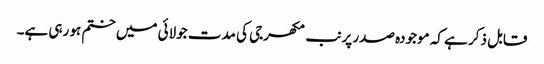
قابل ذکر ہے کہ موجودہ صدر پرنب مکھرجی کی مدت جولائی میں ختم ہو رہی ہے۔